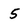
Character: 5